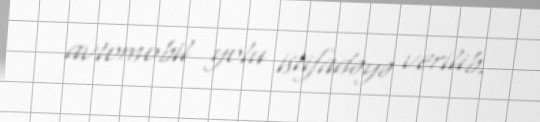
avtomobil yolu istifadəyə verilib.